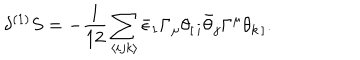
LaTeX: \delta ^ { ( 1 ) } S = - \frac { 1 } { 1 2 } \sum _ { \langle i j k \rangle } \bar { \epsilon } _ { 1 } \Gamma _ { \mu } \theta _ { [ \, i } \bar { \theta } _ { j } \Gamma ^ { \mu } \theta _ { k \, ] } . \,